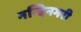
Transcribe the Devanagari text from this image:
नन्दिनगरी